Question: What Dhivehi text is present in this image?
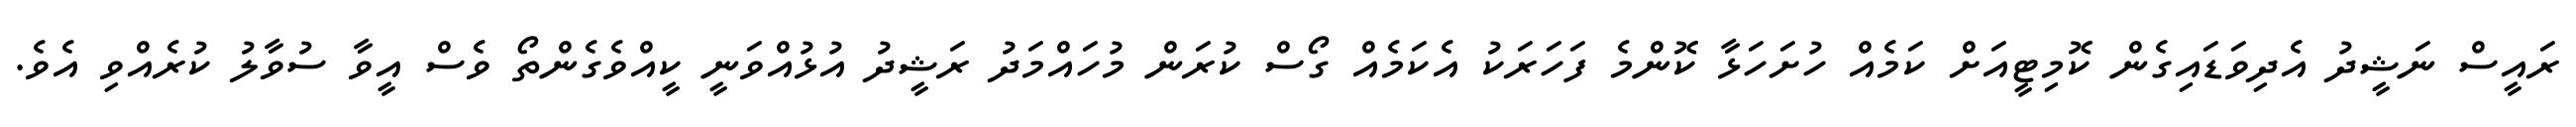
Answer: ރައީސް ނަޝީދު އެދިވަޑައިގެން ކޮމިޓީއަށް ކަމެއް ހުށަހަޅާ ކޮންމެ ފަހަރަކު އެކަމެއް ގޯސް ކުރަން މުހައްމަދު ރަޝީދު އުޅުއްވަނީ ކީއްވެގެންތޯ ވެސް އީވާ ސުވާލު ކުރެއްވި އެވެ.